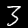
Digit: 3